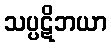
သပ္ပဋိဘယာ